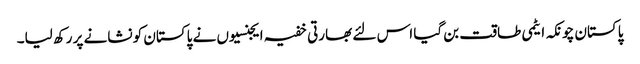
پاکستان چونکہ ایٹمی طاقت بن گیا اس لئے بھارتی خفیہ ایجنسیوں نے پاکستان کو نشانے پر رکھ لیا۔